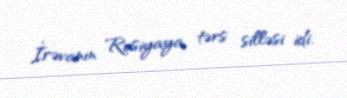
İrəvanın Rusiyaya tərs silləsi idi.